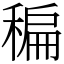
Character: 稨